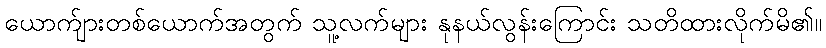
ယောက်ျားတစ်ယောက်အတွက် သူ့လက်များ နုနယ်လွန်းကြောင်း သတိထားလိုက်မိ၏။